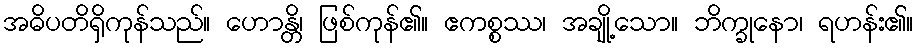
အဓိပတိရှိကုန်သည်။ ဟောန္တိ၊ ဖြစ်ကုန်၏။ ဧကစ္စဿ၊ အချို့သော။ ဘိက္ခုနော၊ ရဟန်း၏။